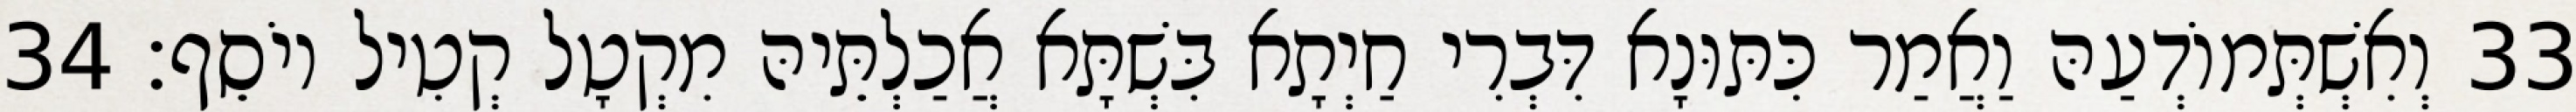
33 וְאִשְׁתְּמוֹדְעַהּ וַאֲמַר כִּתּוּנָא דִּבְרִי חַיְתָא בִּשְׁתָּא אֲכַלְתֵּיהּ מִקְטָל קְטִיל יוֹסֵף׃ 34